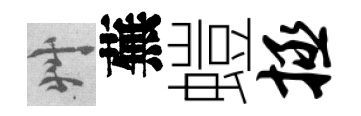
艸蕪螘拯